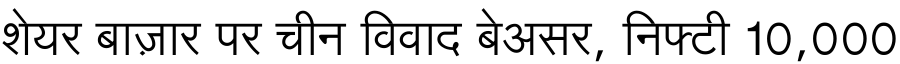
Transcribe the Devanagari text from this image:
शेयर बाज़ार पर चीन विवाद बेअसर, निफ्टी 10,000